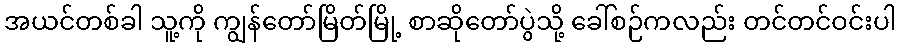
အယင်တစ်ခါ သူ့ကို ကျွန်တော်မြိတ်မြို့ စာဆိုတော်ပွဲသို့ ခေါ်စဉ်ကလည်း တင်တင်ဝင်းပါ